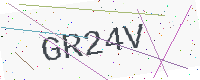
Text: GR24V